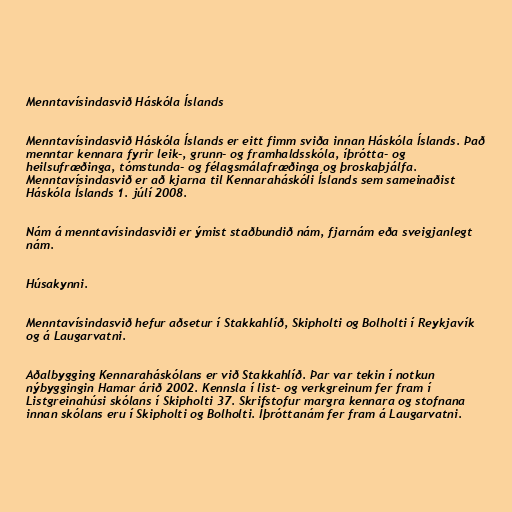
Menntavísindasvið Háskóla Íslands

Menntavísindasvið Háskóla Íslands er eitt fimm sviða innan Háskóla Íslands. Það
menntar kennara fyrir leik-, grunn- og framhaldsskóla, íþrótta- og
heilsufræðinga, tómstunda- og félagsmálafræðinga og þroskaþjálfa.
Menntavísindasvið er að kjarna til Kennaraháskóli Íslands sem sameinaðist
Háskóla Íslands 1. júlí 2008.

Nám á menntavísindasviði er ýmist staðbundið nám, fjarnám eða sveigjanlegt
nám.

Húsakynni.

Menntavísindasvið hefur aðsetur í Stakkahlíð, Skipholti og Bolholti í Reykjavík
og á Laugarvatni.

Aðalbygging Kennaraháskólans er við Stakkahlíð. Þar var tekin í notkun
nýbyggingin Hamar árið 2002. Kennsla í list- og verkgreinum fer fram í
Listgreinahúsi skólans í Skipholti 37. Skrifstofur margra kennara og stofnana
innan skólans eru í Skipholti og Bolholti. Íþróttanám fer fram á Laugarvatni.